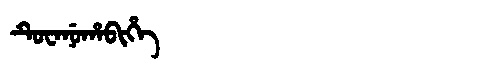
Manchu: ᡨᡠᠸᠠᠨᡠᡥᠠᠪᡳᡥᡝ
Romanization: TUWANUHABIHE